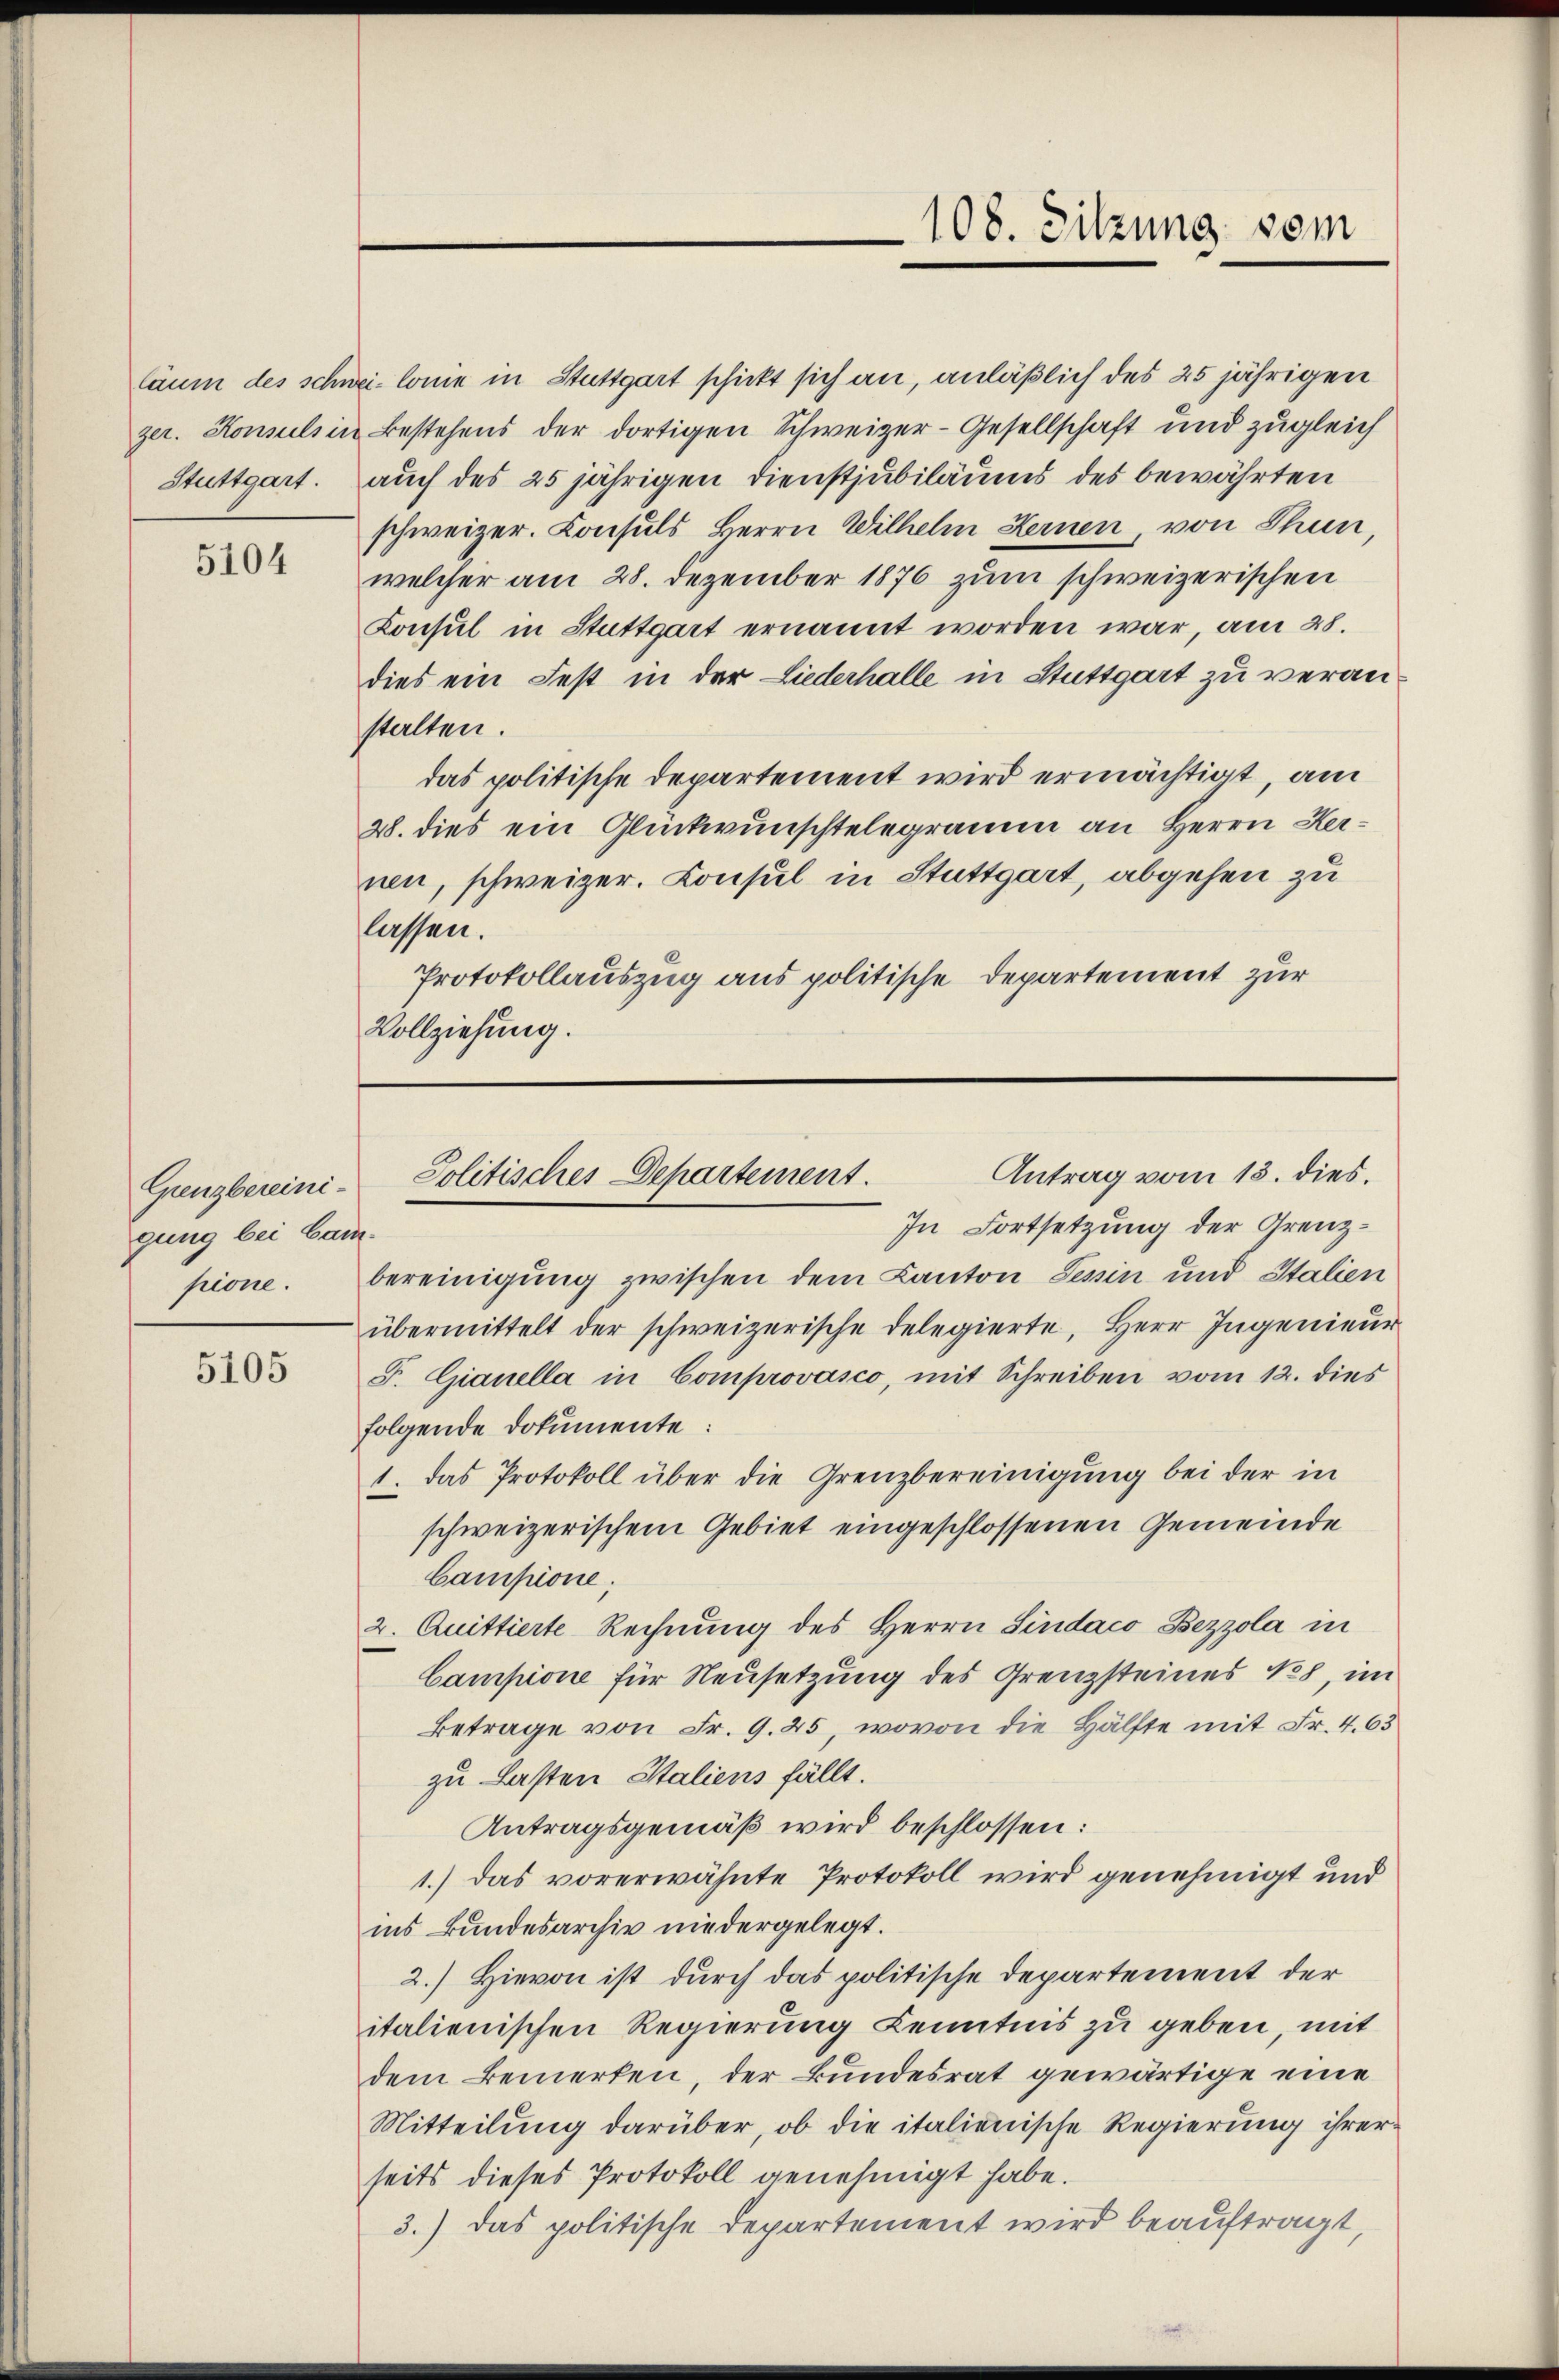
Stuttgart.

5104

Grenzbereinigung bei ban
pione.

5105

läum des schwei- lonie in Stuttgart schickt sich an, anläßlich des 25 jährigen
zer. Konsuls in Bestehens der dortigen Schweizer-Gesellschaft und zugleich
auch des 25 jährigen Dienstjubiläums des bewährten
schweizer. Consuls Herrn Wilhelm Fernen, von Thun,
welcher am 28. Dezember 1876 zum schweizerischen
Consul in Stuttgart ernannt worden war, am 28.
dies ein Fest in der Liederhalle in Stuttgart zu veranstalten.
das politische Departement wird ermächtigt, am
28. dies ein Glückwunschtelegramm an Herrn Hernen, schweizer. Consul in Stuttgart, abgehen zu
lassen.
Protokollauszug aus politische Departement zur
Vollziehung.

In Fortsetzung der Grenz¬
4
bereinigung zwischen dem Kanton Tessin und Italien
übermittelt der schweizerische delegierte, Herr Ingenieur
F. Gianella in Comprovasco, mit Schreiben vom 12. dies
folgende Dokumente:
1. das Protokoll über die Grenzbereinigung bei der in
schweizerischem Gebiet eingeschlossenen Gemeinde
Campione;
2. Quittierte Rechnung des Herrn Sindaco Bezzola in
Campione für Neusetzung des Grenzsteines No 8, im
Betrage von Fr. 9. 25, wovon die Hälfte mit Fr. 463
zu Lasten Italiens fällt.
Antragsgemäß wird beschlossen:
1.) Das vorerwähnte Protokoll wird genehmigt und
ins Bundesarchiv niedergelegt.
2.) Hievon ist durch das politische Departement der
italienischen Regierung Kenntnis zu geben, mit
dem Bemerken, der Bundesrat gewärtige eine
Mitteilung darüber, ob die italienische Regierung ihrer
seits dieses Protokoll genehmigt habe.
3.) das politische Departement wird beauftragt,

108. Sitzung vom

Antrag vom 13. dies.
Politisches Departement.